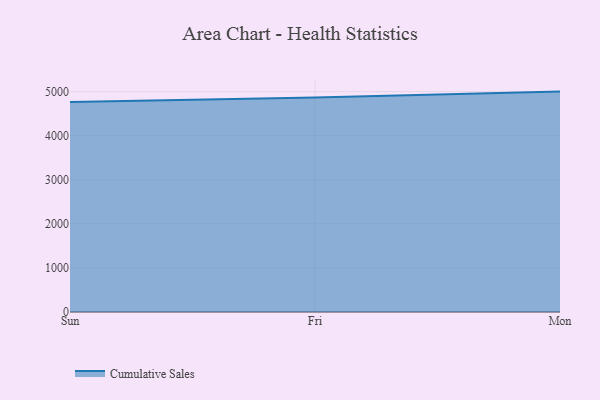
{"axis": {"x": "Day", "y": "Churn Rate (%)"}, "legend": ["Cumulative Sales"], "data": [{"x": "Sun", "y": 4763.2, "type": "Cumulative Sales"}, {"x": "Fri", "y": 4866.4, "type": "Cumulative Sales"}, {"x": "Mon", "y": 5000, "type": "Cumulative Sales"}]}